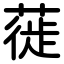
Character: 蓰